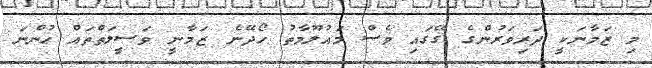
މި ޒަމާނަކީ ދަރިވަރުންގެ ގޭގައި ވެސް މައުލޫމާތު ހޯދޭނެ ޒަމާނީ ވަސީލަތްތައް ހުންނަ